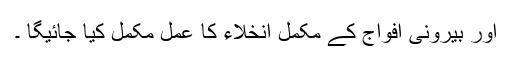
اور بیرونی افواج کے مکمل انخلاء کا عمل مکمل کیا جائیگا ۔